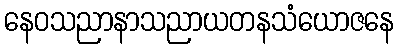
နေဝသညာနာသညာယတနသံယောဇနေ